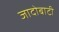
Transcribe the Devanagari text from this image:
जादोबाटी